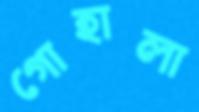
গোহালা